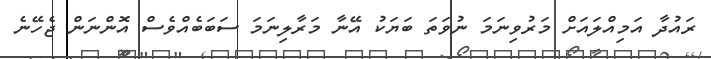
ރައުދާ އަމިއްލައަށް މަރުވިނަމަ ނުވަތަ ބަޔަކު އޭނާ މަރާލިނަމަ ސަބަބެއްވެސް އޮންނަން ޖެހޭނެ